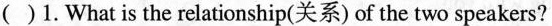
( )1.What is the relationship(关系) of the two speakers?